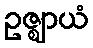
ဥဇ္ဈာယံ